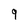
Character: 9